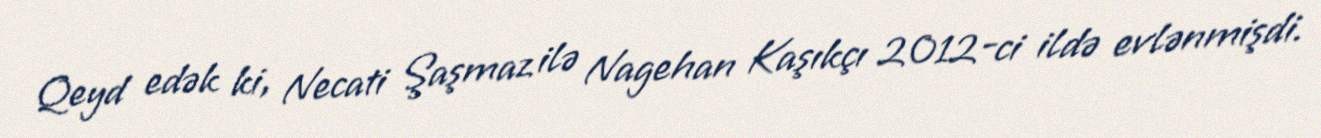
Qeyd edək ki, Necati Şaşmaz ilə Nagehan Kaşıkçı 2012-ci ildə evlənmişdi.